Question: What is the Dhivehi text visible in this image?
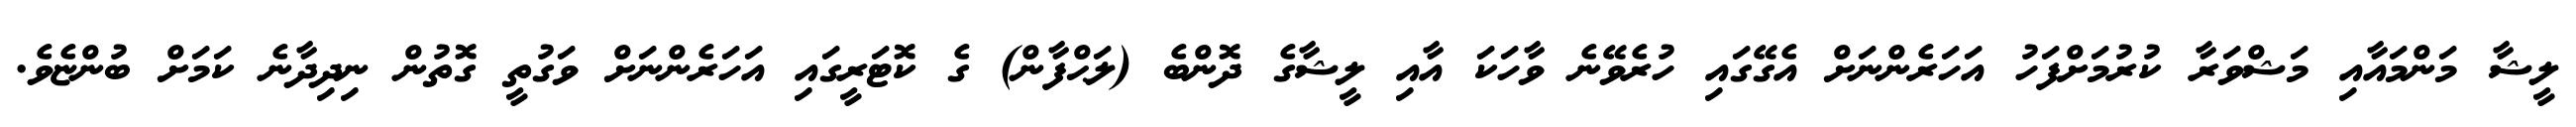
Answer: ލީޝާ މަންމައާއި މަޝްވަރާ ކުރުމަށްފަހު އަހަރެންނަށް އެގޭގައި ހުރެވޭނެ ވާހަކަ އާއި ލީޝާގެ ދޮންބެ (ލަޙްފާން) ގެ ކޮޓަރީގައި އަހަރެންނަށް ވަގުތީ ގޮތުން ނިދިދާނެ ކަމަށް ބުންޏެވެ.